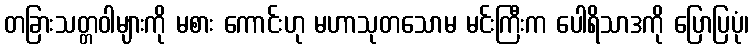
တခြားသတ္တဝါများကို မစား ကောင်းဟု မဟာသုတသောမ မင်းကြီးက ပေါရိသာဒကို ပြောပြပုံ၊